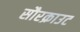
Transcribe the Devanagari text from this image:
सौरक्राउट